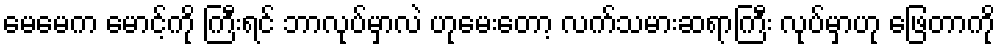
မေမေက မောင့်ကို ကြီးရင် ဘာလုပ်မှာလဲ ဟုမေးတော့ လက်သမားဆရာကြီး လုပ်မှာဟု ဖြေတာကို